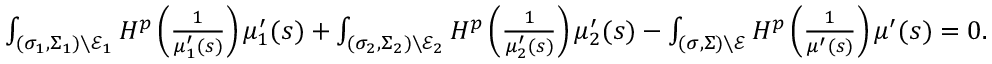
\begin{array} { r } { \int _ { ( \sigma _ { 1 } , \Sigma _ { 1 } ) \setminus \mathcal { E } _ { 1 } } H ^ { p } \left( \frac { 1 } { \mu _ { 1 } ^ { \prime } ( s ) } \right) \mu _ { 1 } ^ { \prime } ( s ) + \int _ { ( \sigma _ { 2 } , \Sigma _ { 2 } ) \setminus \mathcal { E } _ { 2 } } H ^ { p } \left( \frac { 1 } { \mu _ { 2 } ^ { \prime } ( s ) } \right) \mu _ { 2 } ^ { \prime } ( s ) - \int _ { ( \sigma , \Sigma ) \setminus \mathcal { E } } H ^ { p } \left( \frac { 1 } { \mu ^ { \prime } ( s ) } \right) \mu ^ { \prime } ( s ) = 0 . } \end{array}